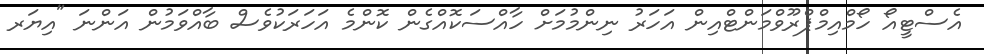
އެސްޓީއޯ ހޯމްއިމްޕްރޫވްމަންޓްއިން އަހަރު ނިންމުމަށް ހާއްސަކޮއްގެން ކޮންމެ އަހަރަކުވެސް ބާއްވަމުން އަންނަ "އިޔަރ